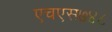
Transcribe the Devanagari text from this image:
एचएस७४८